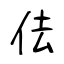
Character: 佉